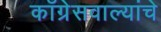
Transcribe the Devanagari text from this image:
काँग्रेसवाल्यांचे